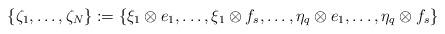
LaTeX: \begin{align*}\{\zeta_1, \ldots, \zeta_N\}:=\{\xi_1\otimes e_1,\ldots, \xi_1\otimes f_s, \ldots, \eta_q\otimes e_1, \ldots,\eta_q\otimes f_s\}\end{align*}